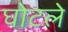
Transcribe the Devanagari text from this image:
घोटले